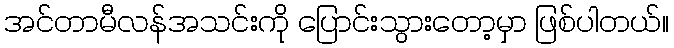
အင်တာမီလန်အသင်းကို ပြောင်းသွားတော့မှာ ဖြစ်ပါတယ်။